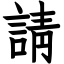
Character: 請